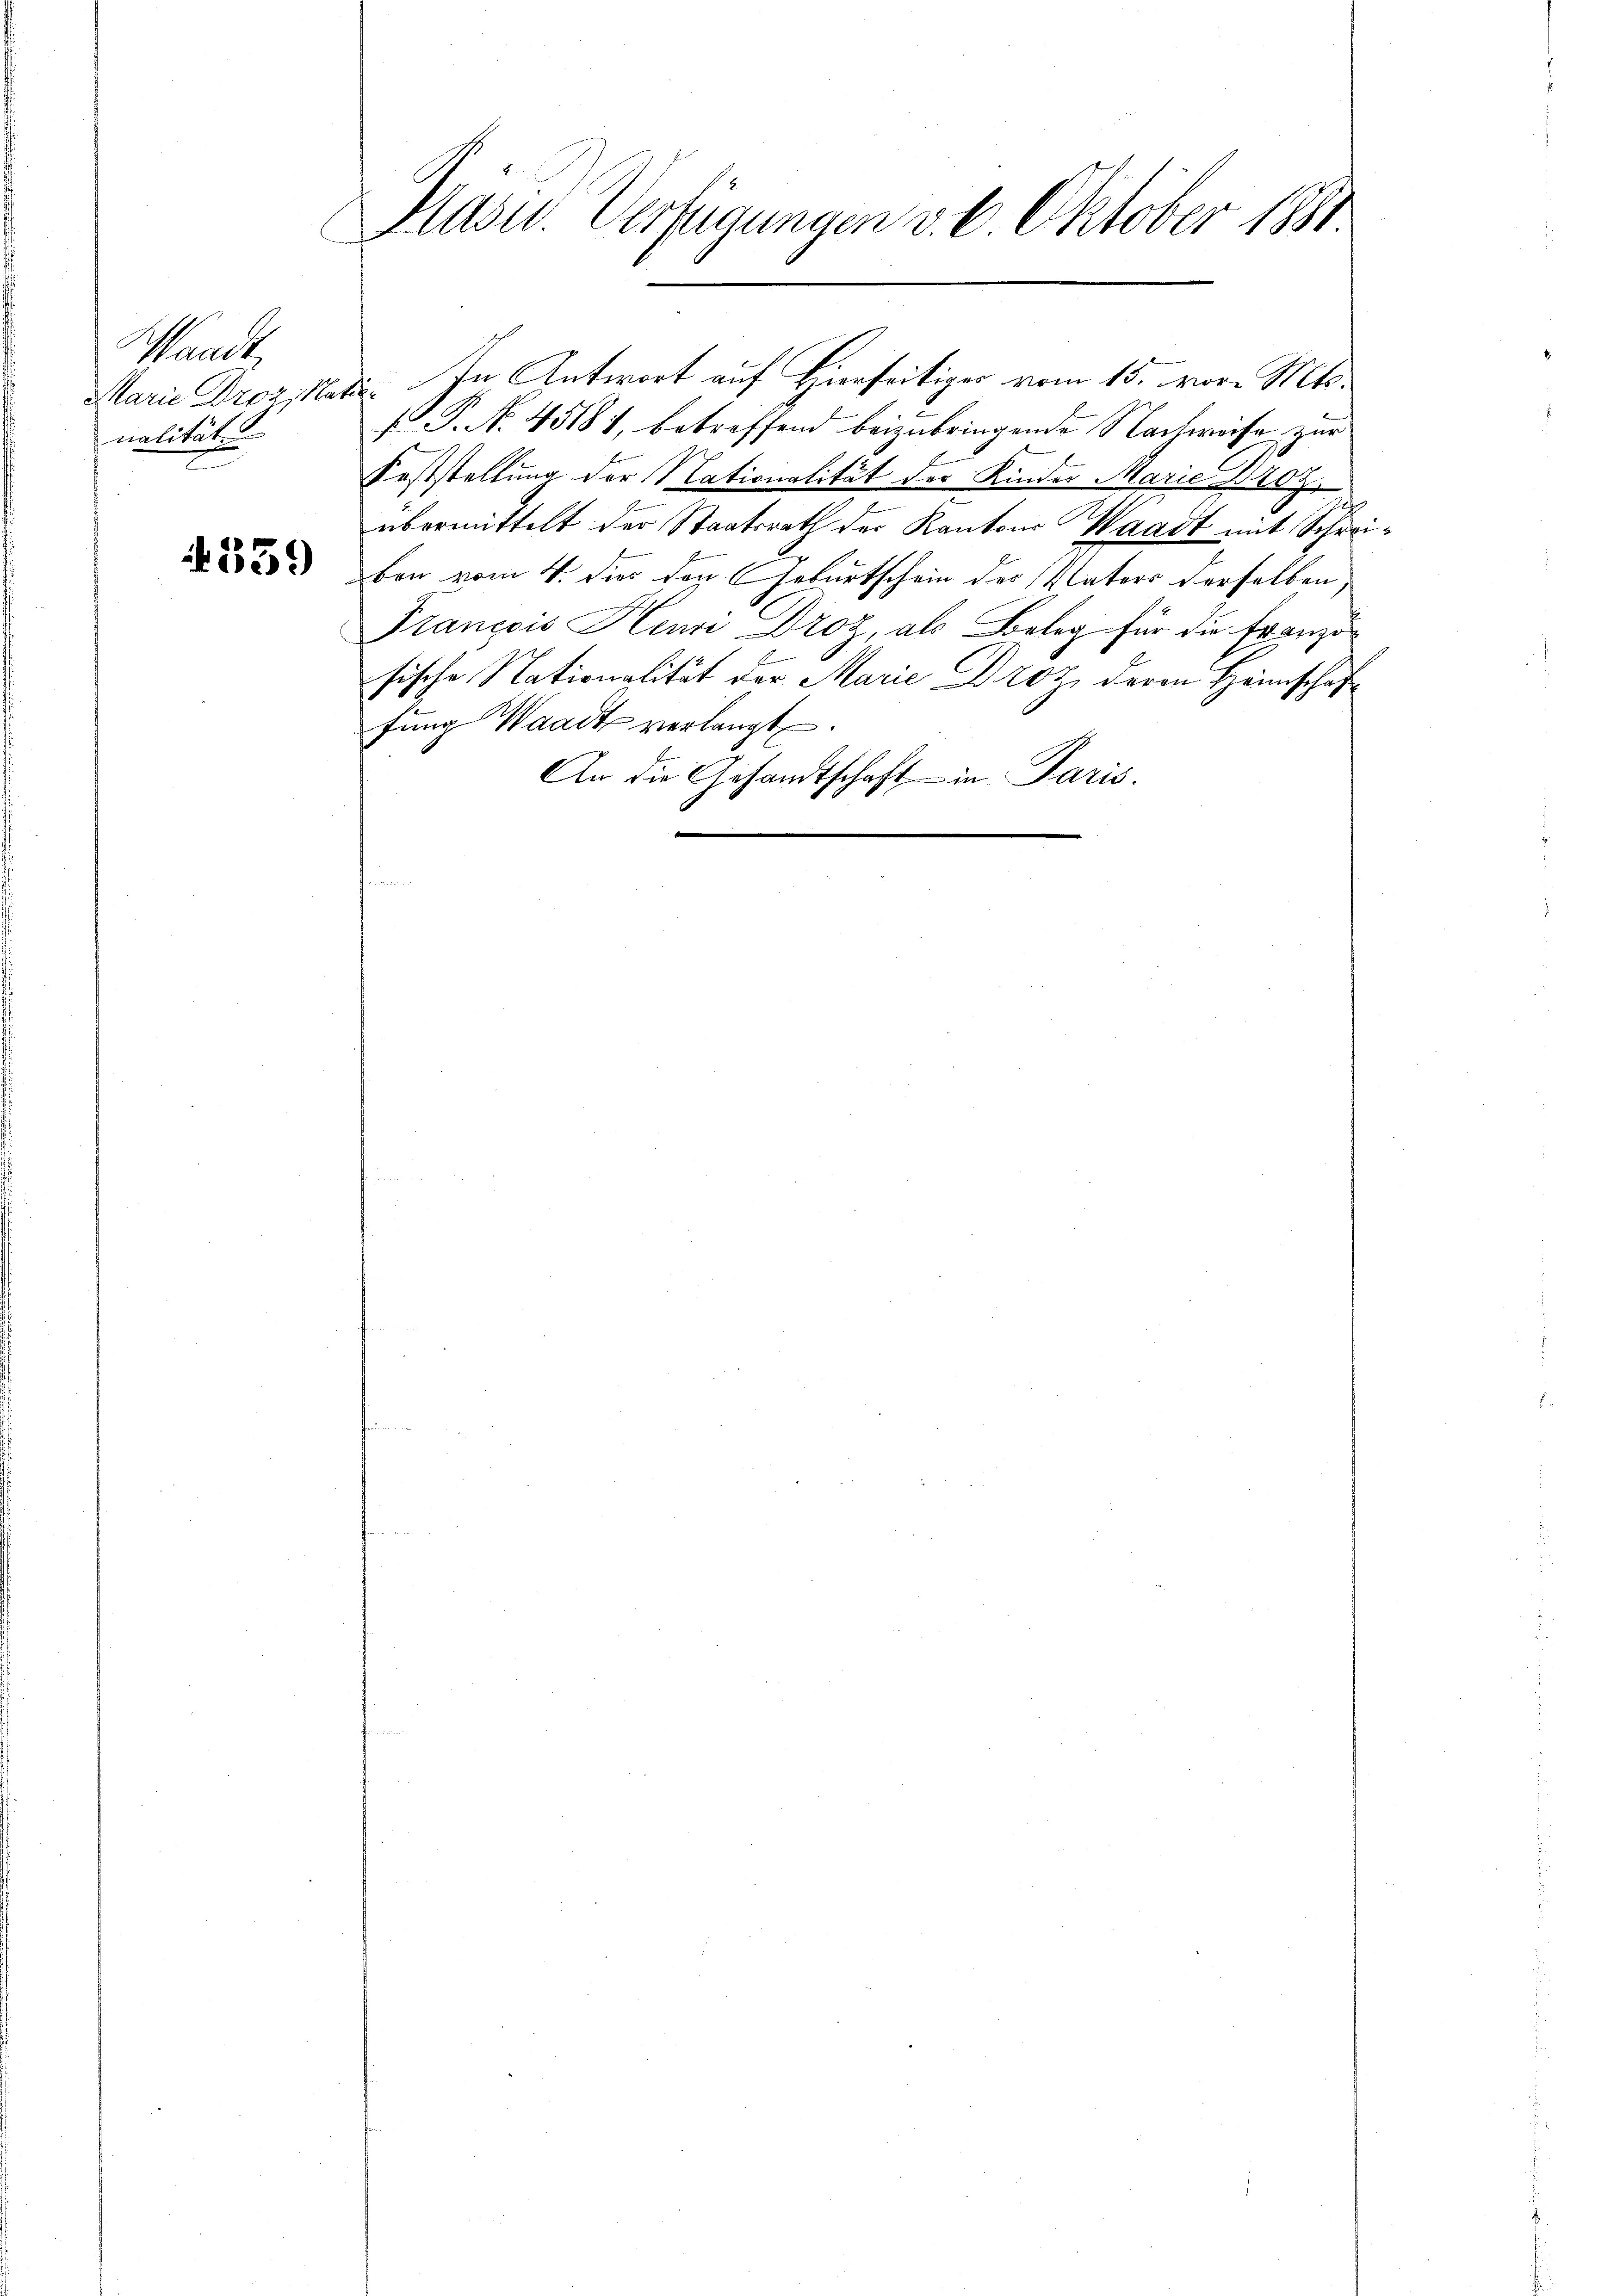
Waadt
Marie Droz. Na
nalität

339

Präsid. Verfügungen v. 6. Oktober 1891.

die. In Antwort auf Hierseitiges vom 15. vor. Mts.
.P. N. 45181, betreffend beizubringende Nachweise zur
Feststellung der Nationalität der Kinder Marie Droz.
übermittelt der Staatsrath der Kantons Waadt mit Schreiben vom 4. dies den Geburtschein des Vaters derselben,
Francois Henri Droz, als Beleg für die Franzisische Nationalität der Marie Droz, deren Heimschaf
fŭng Waadt verlangt.
An die Gesandtschaft in Paris.